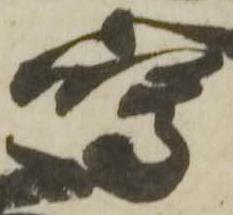
嶋